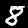
Label: 8